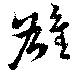
雄